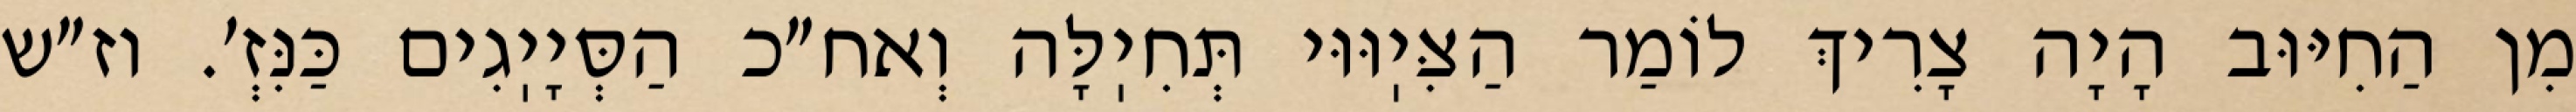
מִן הַחִיּוּב הָיָה צָרִיךְ לוֹמַר הַצִּיֽוּוּי תְּחִיֽלָּה וְאח״כ הַסְּיָיֽגִים כַּנִּזְ׳. וז״ש